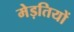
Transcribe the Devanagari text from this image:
मेड़तियों